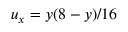
u _ { x } = y ( 8 - y ) / 1 6